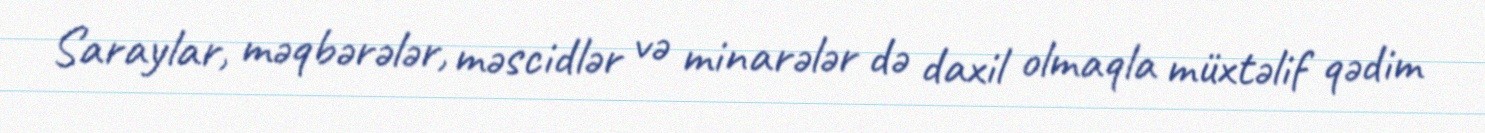
Saraylar, məqbərələr, məscidlər və minarələr də daxil olmaqla müxtəlif qədim